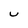
Character: U